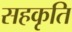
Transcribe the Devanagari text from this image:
सहकृति